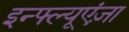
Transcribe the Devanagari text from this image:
इन्फ्ल्यूएंज़ा